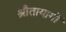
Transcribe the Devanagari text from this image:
श्रौतायागों